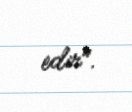
edir".